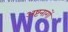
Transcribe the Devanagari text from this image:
अष्टनागों